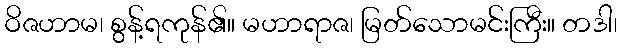
ဝိဇဟာမ၊ စွန့်ရကုန်၏။ မဟာရာဇ၊ မြတ်သောမင်းကြီး။ တဒါ၊